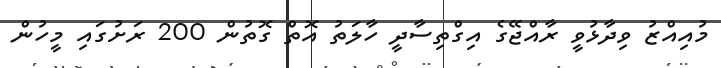
މުއިއްޒު ވިދާޅުވީ ރާއްޖޭގެ އިގްތިސާދީ ހާލަތު އޮތް ގޮތުން 200 ރަށުގައި މީހުން